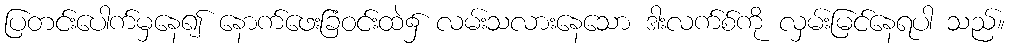
ပြတင်းပေါက်မှနေ၍ နောက်ဖေးခြံဝင်းထဲ၌ လမ်းသလားနေသော ဒါးလက်စ်ကို လှမ်းမြင်နေရပါ သည်။